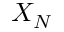
X _ { N }